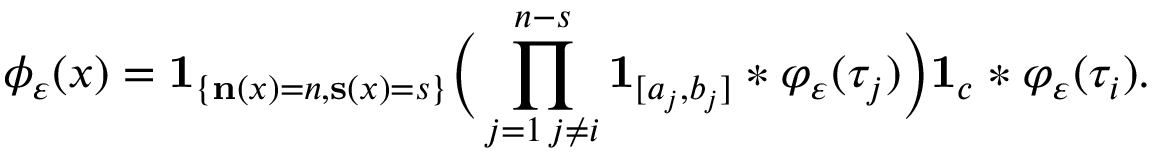
\phi _ { \varepsilon } ( x ) = \mathbf { 1 } _ { \left\{ \mathbf { n } ( x ) = n , \mathbf { s } ( x ) = s \right\} } \Big ( \prod _ { \substack { j = 1 \, j \neq i } } ^ { n - s } \mathbf { 1 } _ { [ a _ { j } , b _ { j } ] } * \varphi _ { \varepsilon } ( \tau _ { j } ) \Big ) \mathbf { 1 } _ { { c } } * \varphi _ { \varepsilon } ( \tau _ { i } ) .